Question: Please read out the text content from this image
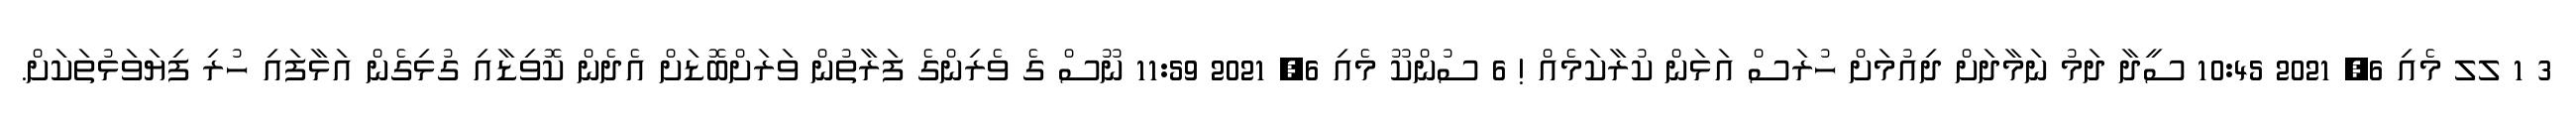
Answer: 3 1 ލލ މެއި 6, 2021 10:45 ސީދާ ދަމު ނަމާދަށް ދިއުމަށް ހުރަސް އަޅަން ކުރާކަމެއް ! 6 ސުންކޫ މެއި 6, 2021 11:59 ނޫސް ގެ ވެރިންގެ ފަރާތުން ވަރަށްބޮޑަށް އެދެން ކޮވިޑާއި ގުޅިގެން އަޅާފައި ހުރި ފިޔަވަޅުތަކަށް.